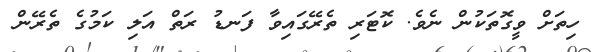
ހިތަށް ވީގޮތަކުން ނެވެ. ކޮޓަރި ތެރޭގައިވާ ފަނޑު ރަތް އަލި ކަމުގެ ތެރޭން